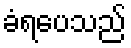
ခံရပေသည်